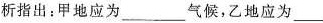
析指出：甲地应为___气候，乙地应为___